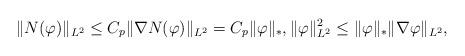
LaTeX: \begin{align*}\|N(\varphi)\|_{L^{2}} \leq C_{p} \|\nabla N(\varphi)\|_{L^{2}} = C_{p} \|\varphi\|_{*}, \|\varphi\|_{L^{2}}^{2} \leq \|\varphi\|_{*} \|\nabla \varphi\|_{L^{2}},\end{align*}